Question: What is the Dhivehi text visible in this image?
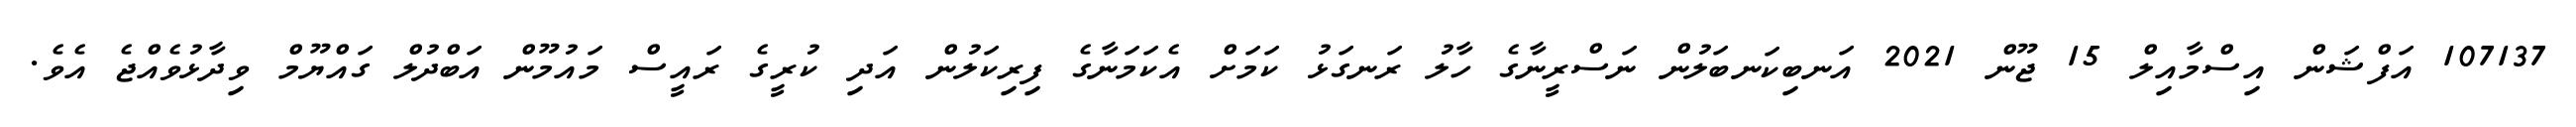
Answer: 107137 އަފްޝަން އިސްމާއިލް 15 ޖޫން 2021 އަނބިކަނބަލުން ނަސްރީނާގެ ހާލު ރަނގަޅު ކަމަށް އެކަމަނާގެ ފިރިކަލުން އަދި ކުރީގެ ރައީސް މައުމޫން އަބްދުލް ގައްޔޫމް ވިދާޅުވެއްޖެ އެވެ.